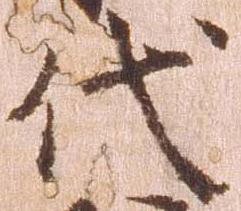
代